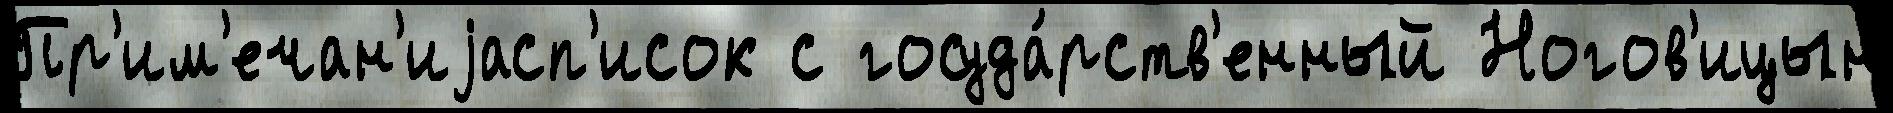
Пр'им'ечан'иjасп'исок с госуда́рств'енный Ногов'ицын